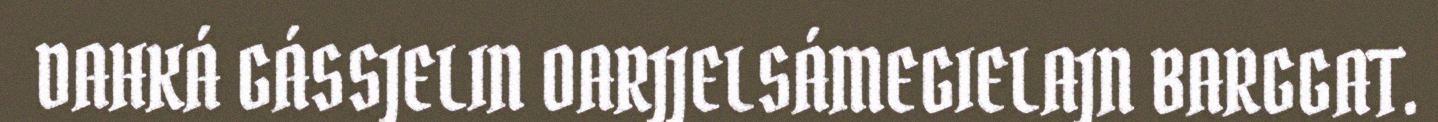
DAHKÁ GÁSSJELIN OARJJELSÁMEGIELAJN BARGGAT.